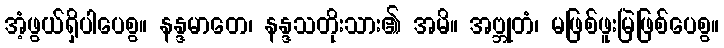
အံ့ဖွယ်ရှိပါပေစွ။ နန္ဒမာတေ၊ နန္ဒသတိုးသား၏ အမိ။ အဗ္ဘုတံ၊ မဖြစ်ဖူးမြဲဖြစ်ပေစွ။